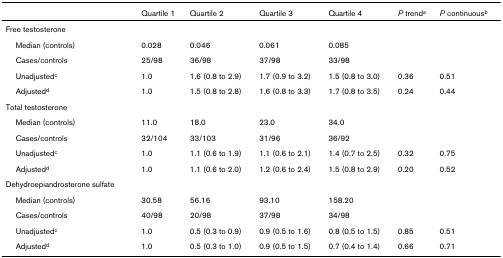
<table><thead><tr><td></td><td><b>Quartile 1</b></td><td><b>Quartile 2</b></td><td><b>Quartile 3</b></td><td><b>Quartile 4</b></td><td><b><i>P </i>trend<sup>a</sup></b></td><td><b><i>P </i>continuous<sup>b</sup></b></td></tr></thead><tbody><tr><td>Free testosterone</td><td></td><td></td><td></td><td></td><td></td><td></td></tr><tr><td> Median (controls)</td><td>0.028</td><td>0.046</td><td>0.061</td><td>0.085</td><td></td><td></td></tr><tr><td> Cases/controls</td><td>25/98</td><td>36/98</td><td>37/98</td><td>33/98</td><td></td><td></td></tr><tr><td> Unadjusted<sup>c</sup></td><td>1.0</td><td>1.6 (0.8 to 2.9)</td><td>1.7 (0.9 to 3.2)</td><td>1.5 (0.8 to 3.0)</td><td>0.36</td><td>0.51</td></tr><tr><td> Adjusted<sup>d</sup></td><td>1.0</td><td>1.5 (0.8 to 2.8)</td><td>1.6 (0.8 to 3.3)</td><td>1.7 (0.8 to 3.5)</td><td>0.24</td><td>0.44</td></tr><tr><td>Total testosterone</td><td></td><td></td><td></td><td></td><td></td><td></td></tr><tr><td> Median (controls)</td><td>11.0</td><td>18.0</td><td>23.0</td><td>34.0</td><td></td><td></td></tr><tr><td> Cases/controls</td><td>32/104</td><td>33/103</td><td>31/96</td><td>36/92</td><td></td><td></td></tr><tr><td> Unadjusted<sup>c</sup></td><td>1.0</td><td>1.1 (0.6 to 1.9)</td><td>1.1 (0.6 to 2.1)</td><td>1.4 (0.7 to 2.5)</td><td>0.32</td><td>0.75</td></tr><tr><td> Adjusted<sup>d</sup></td><td>1.0</td><td>1.1 (0.6 to 2.0)</td><td>1.2 (0.6 to 2.4)</td><td>1.5 (0.8 to 2.9)</td><td>0.20</td><td>0.52</td></tr><tr><td>Dehydroepiandrosterone sulfate</td><td></td><td></td><td></td><td></td><td></td><td></td></tr><tr><td> Median (controls)</td><td>30.58</td><td>56.16</td><td>93.10</td><td>158.20</td><td></td><td></td></tr><tr><td> Cases/controls</td><td>40/98</td><td>20/98</td><td>37/98</td><td>34/98</td><td></td><td></td></tr><tr><td> Unadjusted<sup>c</sup></td><td>1.0</td><td>0.5 (0.3 to 0.9)</td><td>0.9 (0.5 to 1.6)</td><td>0.8 (0.5 to 1.5)</td><td>0.85</td><td>0.51</td></tr><tr><td> Adjusted<sup>d</sup></td><td>1.0</td><td>0.5 (0.3 to 1.0)</td><td>0.9 (0.5 to 1.5)</td><td>0.7 (0.4 to 1.4)</td><td>0.66</td><td>0.71</td></tr></tbody></table>